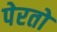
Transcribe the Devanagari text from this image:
पेरतो